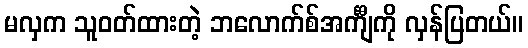
မလှက သူဝတ်ထားတဲ့ ဘလောက်စ်အင်္ကျီကို လှန်ပြတယ်။